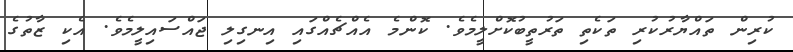
ކުރިން ތައްޔާރުކުރި ތަކެތި ތަރުތީބުކޮށްލީމެވެ. ކޮންމެ އެއްޗެއްގައި އިނގިލި ޖައްސައިލީމެވެ. އެކި ޒާތުގެ